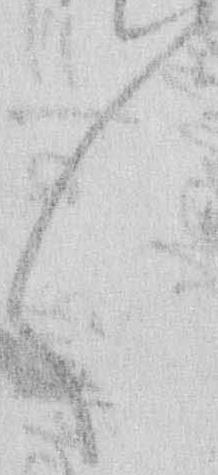
々